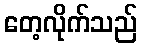
တေ့လိုက်သည်